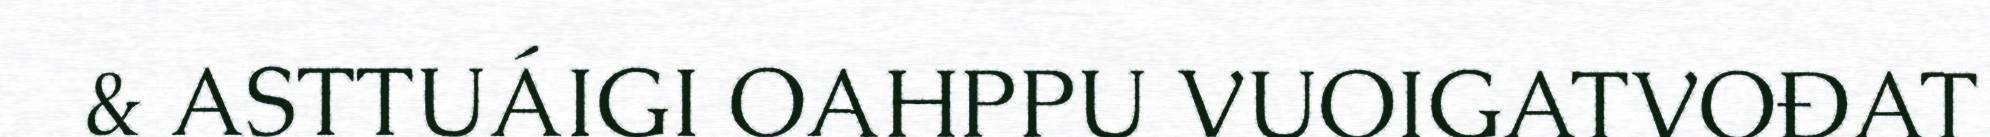
& ASTTUÁIGI OAHPPU VUOIGATVOĐAT